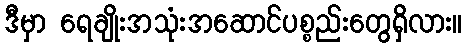
ဒီမှာ ရေချိုးအသုံးအဆောင်ပစ္စည်းတွေရှိလား။